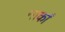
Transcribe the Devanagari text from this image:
नार्कां